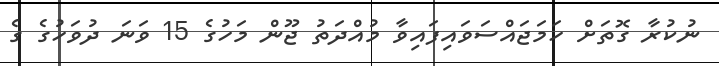
ނުކުރާ ގޮތަށް ހަމަޖައްސަވައިފައިވާ މުއްދަތު ޖޫން މަހުގެ 15 ވަނަ ދުވަހުގެ ގެ